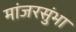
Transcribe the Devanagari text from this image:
मांजरसुंभा